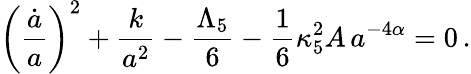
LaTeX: \left(\frac{\dot{a}}{a}\right)^{2}+\frac{k}{a^{2}}-\frac{\Lambda_{5}}{6}-\frac{1}{6}\kappa_{5}^{2}A\, a^{-4\alpha}=0\, .